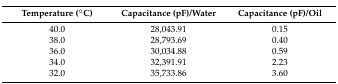
<table><thead><tr><td><b>Temperature (°C)</b></td><td><b>Capacitance (pF)/Water</b></td><td><b>Capacitance (pF)/Oil</b></td></tr></thead><tbody><tr><td>40.0</td><td>28,043.91</td><td>0.15</td></tr><tr><td>38.0</td><td>28,793.69</td><td>0.40</td></tr><tr><td>36.0</td><td>30,034.88</td><td>0.59</td></tr><tr><td>34.0</td><td>32,391.91</td><td>2.23</td></tr><tr><td>32.0</td><td>35,733.86</td><td>3.60</td></tr></tbody></table>